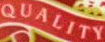
QUALITY